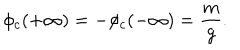
LaTeX: \phi _ { c } ( + \infty ) = - \phi _ { c } ( - \infty ) = \frac { m } { g } .